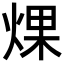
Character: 㷄